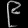
Digit: ၉